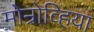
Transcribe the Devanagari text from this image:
मोन्रोव्हिया